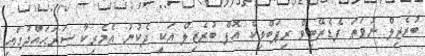
ބުރެޒިލް ނުވަތަ ފެޑެރޭޓިވް ރިޕަބްލިކް އޮފް ބުރެޒިލް އަކީ ދެކުނު އެމެރިކާ ސަރަޙައްދުގައި